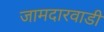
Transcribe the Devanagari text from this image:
जामदारवाडी